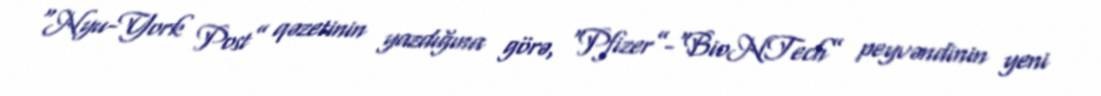
“Nyu-York Post” qəzetinin yazdığına görə, “Pfizer”-“BioNTech” peyvəndinin yeni